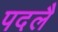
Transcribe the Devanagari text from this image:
पदलै